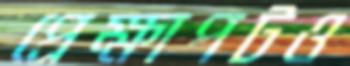
প্রেক্ষাপটও